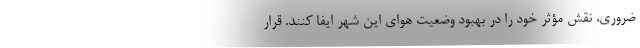
ضروری، نقش مؤثر خود را در بهبود وضعیت هوای این شهر ایفا کنند. قرار